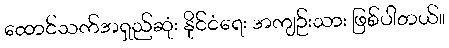
ထောင်သက်အရှည်ဆုံး နိုင်ငံရေး အကျဉ်းသား ဖြစ်ပါတယ်။